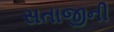
સતાજીની